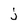
Character: j